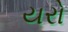
યરો